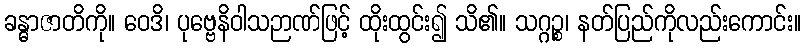
ခန္ဓာဇာတိကို။ ဝေဒိ၊ ပုဗ္ဗေနိဝါသဉာဏ်ဖြင့် ထိုးထွင်း၍ သိ၏။ သဂ္ဂဉ္စ၊ နတ်ပြည်ကိုလည်းကောင်း။